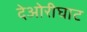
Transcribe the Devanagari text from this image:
देओरीघाट